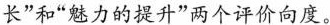
长”和“魅力的提升”两个评价向度。